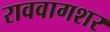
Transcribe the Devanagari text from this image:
राववागशर